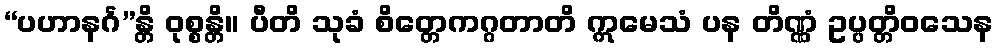
“ပဟာနင်္ဂ”န္တိ ဝုစ္စန္တိ။ ပီတိ သုခံ စိတ္တေကဂ္ဂတာတိ ဣမေသံ ပန တိဏ္ဏံ ဥပ္ပတ္တိဝသေန